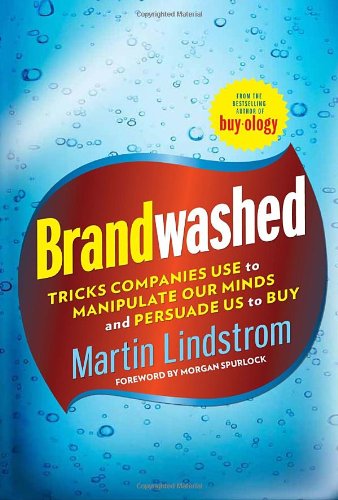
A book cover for Brandwashed: Tricks Companies Use to Manipulate Our Minds and Persuade Us to Buy; Martin Lindstrom; Business & Money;